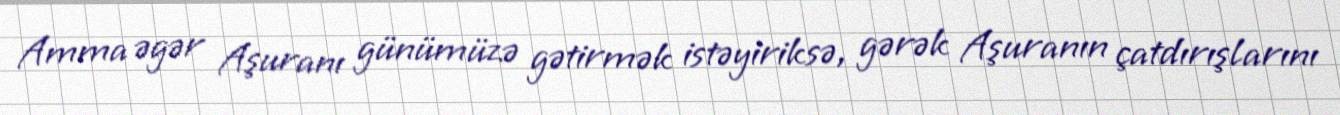
Amma əgər Aşuranı günümüzə gətirmək istəyiriksə, gərək Aşuranın çatdırışlarını